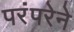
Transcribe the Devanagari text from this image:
परंंपरेने